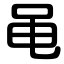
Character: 黾